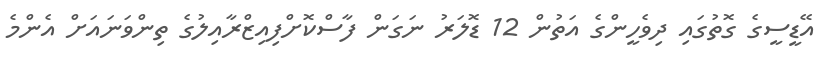
އޭޑީސީގެ ގޮތުގައި ދިވެހީންގެ އަތުން 12 ޑޮލަރު ނަގަން ފާސްކޮށްފިއިޒްރާއިލުގެ ތިންވަނައަށް އެންމެ